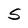
Character: S